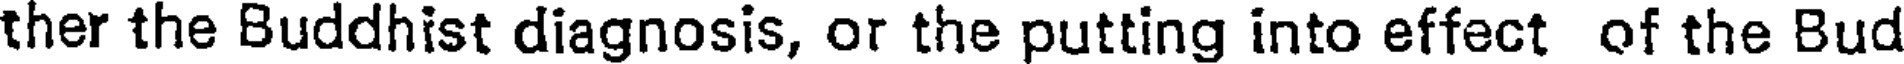
ther the Buddhist diagnosis, or the putting into effect of the Bud